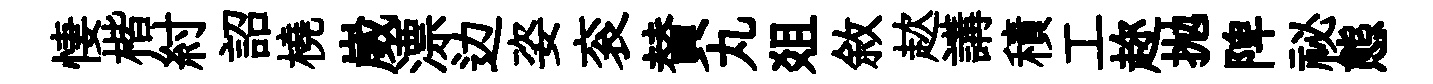
悽楷紂詔橈崴漂边姿衮賛丸爼敘趑講積工趂抛陴祕態